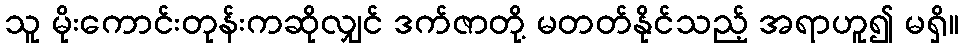
သူ မိုးကောင်းတုန်းကဆိုလျှင် ဒက်ဇာတို့ မတတ်နိုင်သည့် အရာဟူ၍ မရှိ။